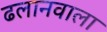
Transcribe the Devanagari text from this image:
ढलानवाला